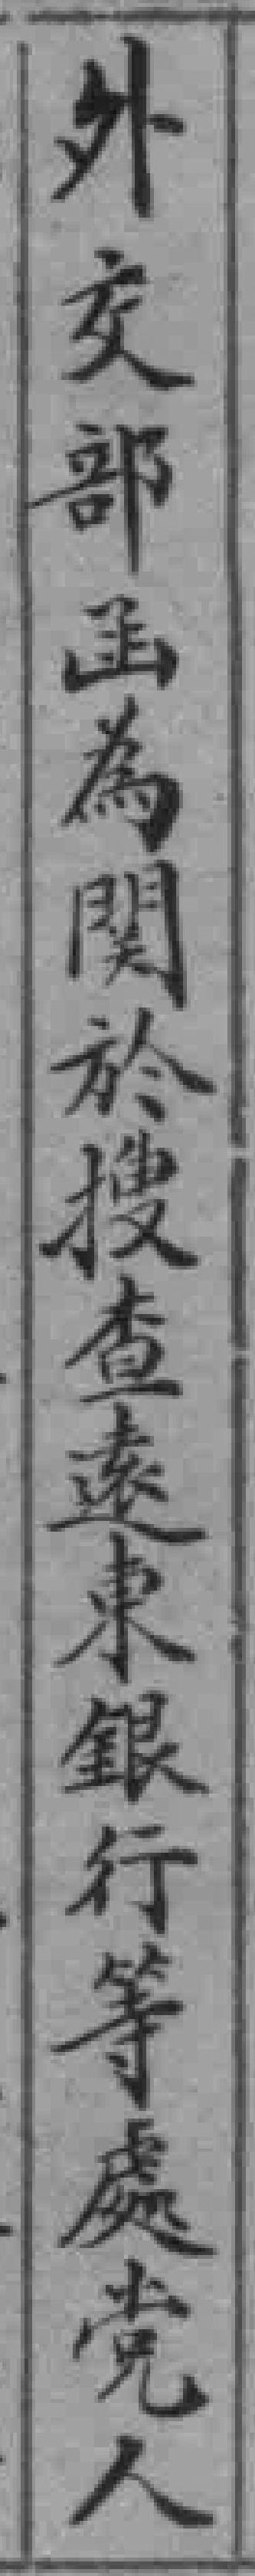
外交部函為関於搜查遠東銀行等處党人